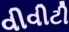
વીવીટી